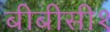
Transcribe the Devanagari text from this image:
बीबीसी१